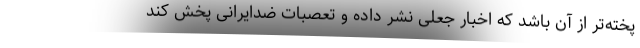
پخته‌تر از آن باشد که اخبار جعلی نشر داده و تعصبات ضدایرانی پخش کند